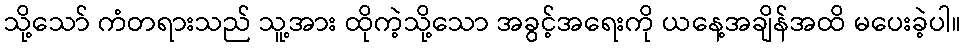
သို့သော် ကံတရားသည် သူ့အား ထိုကဲ့သို့သော အခွင့်အရေးကို ယနေ့အချိန်အထိ မပေးခဲ့ပါ။